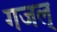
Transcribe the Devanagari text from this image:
गजल्